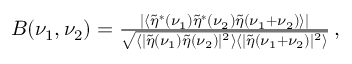
\begin{array} { r } { B ( \nu _ { 1 } , \nu _ { 2 } ) = \frac { \left| \left\langle \tilde { \eta } ^ { * } ( \nu _ { 1 } ) \tilde { \eta } ^ { * } ( \nu _ { 2 } ) \tilde { \eta } ( \nu _ { 1 } + \nu _ { 2 } ) \right\rangle \right| } { \sqrt { \langle | \tilde { \eta } ( \nu _ { 1 } ) \tilde { \eta } ( \nu _ { 2 } ) | ^ { 2 } \rangle \langle | \tilde { \eta } ( \nu _ { 1 } + \nu _ { 2 } ) | ^ { 2 } \rangle } } \mathrm { \, , } } \end{array}